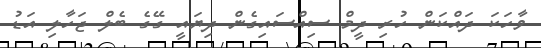
ވާހަކަ ދައްކަން ހުރި ދީމް ސިއްސައިގެން ދިޔައީ ގޭގެ ބެލް ޖަހާލި އަޑު